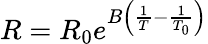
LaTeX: R=R_{0}e^{B\left({\frac{1}{T}}-{\frac{1}{T_{0}}}\right)}